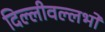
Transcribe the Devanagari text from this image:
दिल्लीवल्लभों